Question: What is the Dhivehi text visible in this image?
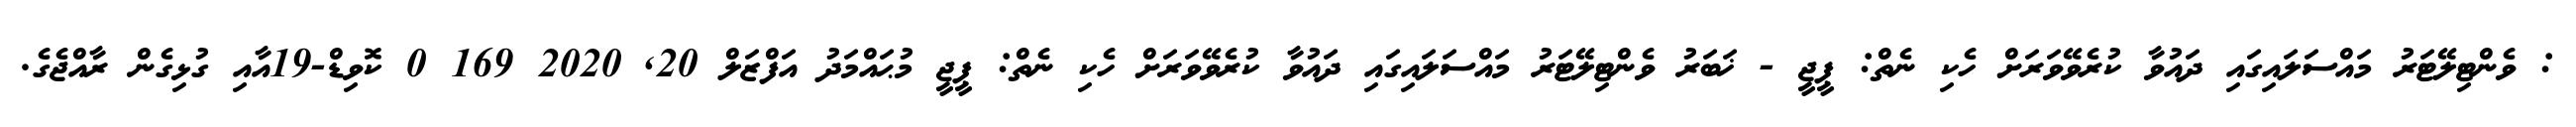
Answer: : ވެންޓިލޭޓަރު މައްސަލައިގައި ދައުވާ ކުރެވޭވަރަށް ހެކި ނެތް: ޕީޖީ - ޚަބަރު ވެންޓިލޭޓަރު މައްސަލައިގައި ދައުވާ ކުރެވޭވަރަށް ހެކި ނެތް: ޕީޖީ މުޙައްމަދު އަފްޒަލް 20, 2020 169 0 ކޮވިޑް-19އާއި ގުޅިގެން ރާއްޖެގެ.